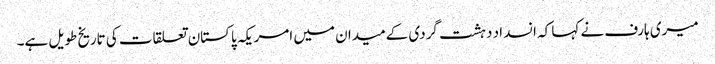
میری ہارف نے کہا کہ انسداد دہشت گردی کےمیدان میں امریکہ پاکستان تعلقات کی تاریخ طویل ہے۔